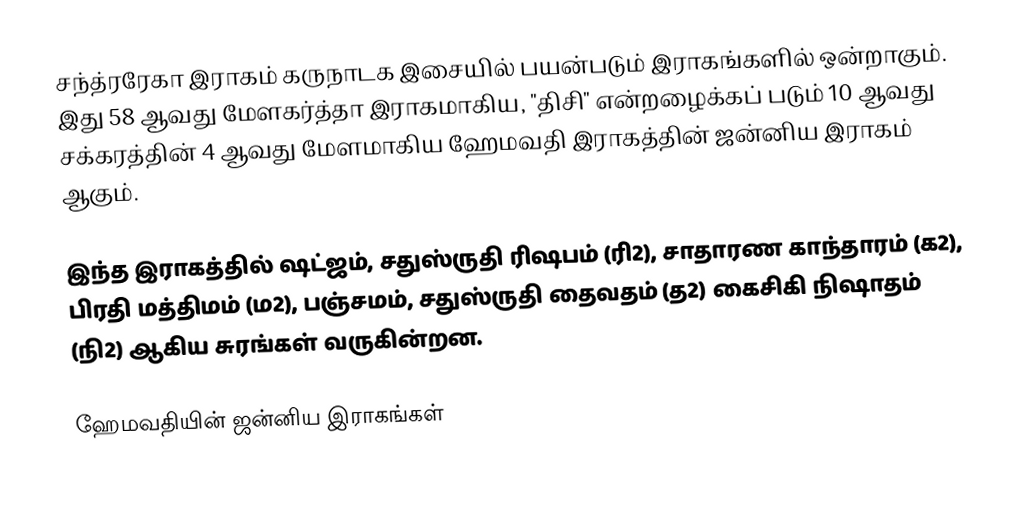
சந்த்ரரேகா இராகம் கருநாடக இசையில் பயன்படும் இராகங்களில் ஒன்றாகும். இது 58 ஆவது மேளகர்த்தா இராகமாகிய, "திசி" என்றழைக்கப் படும் 10 ஆவது சக்கரத்தின் 4 ஆவது மேளமாகிய ஹேமவதி இராகத்தின் ஜன்னிய இராகம் ஆகும்.

இந்த இராகத்தில் ஷட்ஜம், சதுஸ்ருதி ரிஷபம் (ரி2), சாதாரண காந்தாரம் (க2), பிரதி மத்திமம் (ம2), பஞ்சமம், சதுஸ்ருதி தைவதம் (த2) கைசிகி நிஷாதம் (நி2) ஆகிய சுரங்கள் வருகின்றன.

ஹேமவதியின் ஜன்னிய இராகங்கள்